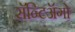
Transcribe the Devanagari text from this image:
सॅन्टिॲगो